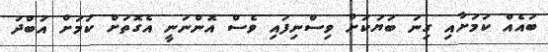
ބައެއް ކަމަށާއި ގިނަ ބަޔަކަށް ވިސްނިފައި ވެސް އޮންނަނީ އެގޮތަށް ކަމަށް އަބްދު